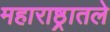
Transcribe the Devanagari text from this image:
महाराष्ठ्रातले